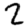
Digit: 2